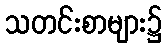
သတင်းစာများ၌